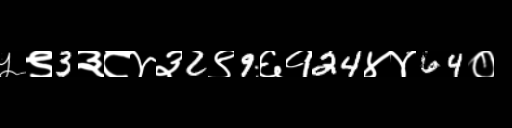
Text: ५९3३८४३2९9६१24४४64०